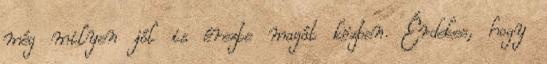
még milyen jól is érezte magát közben. Érdekes, hogy